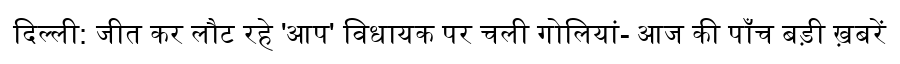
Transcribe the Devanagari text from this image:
दिल्ली: जीत कर लौट रहे 'आप' विधायक पर चली गोलियां- आज की पाँच बड़ी ख़बरें